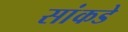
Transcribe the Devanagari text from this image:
सांकडे